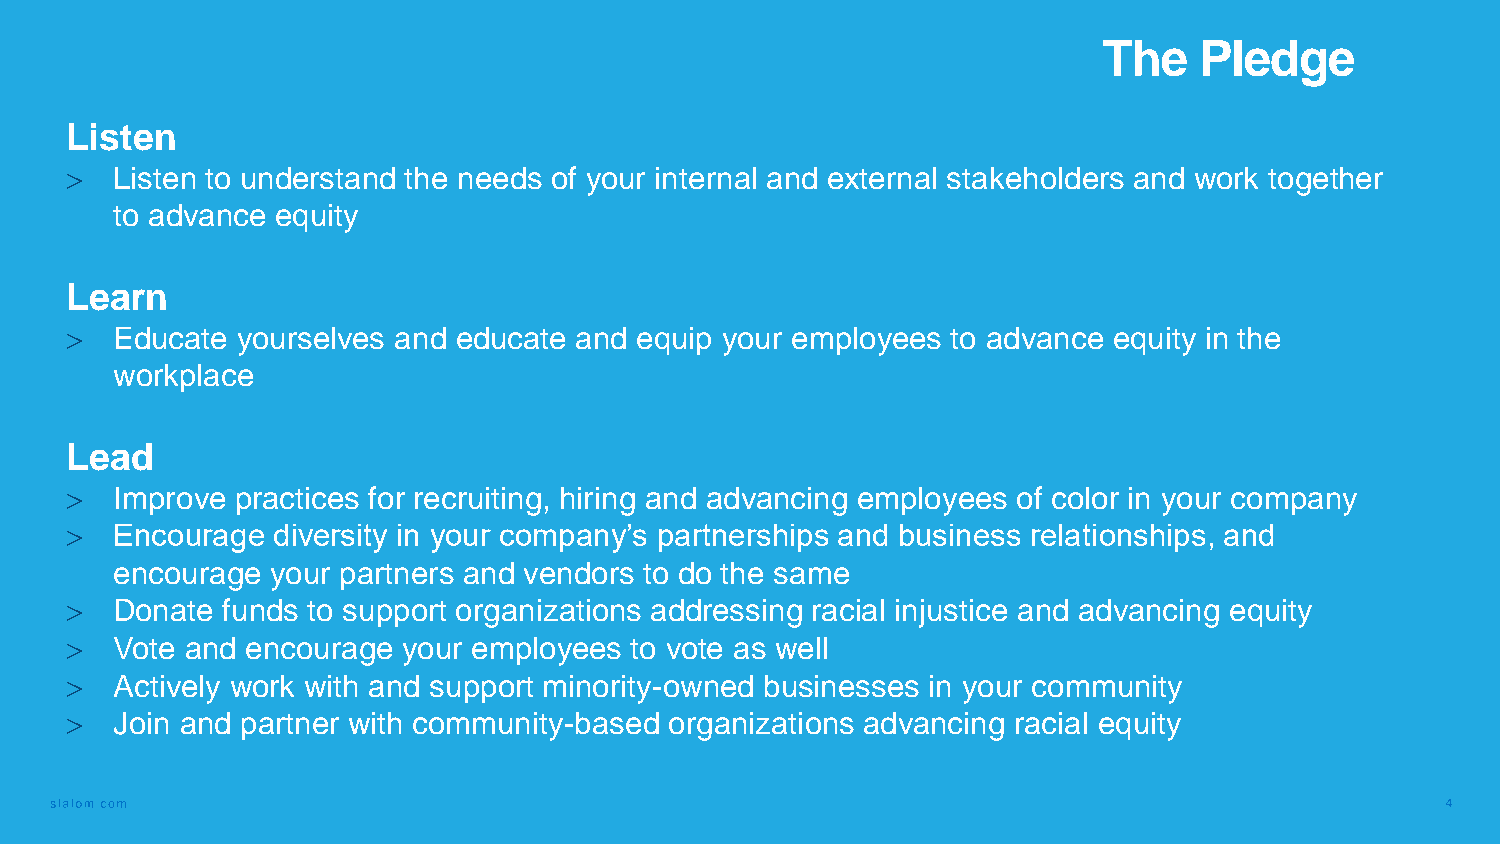
The   Pledge
 Listen
    Listen to understand the needs of your internal and external stakeholders and work together
 to advance equity
 Learn
    Educate yourselves and educate and equip your employees to advance equity in the
 workplace
 Lead
    Improve practices for recruiting, hiring and advancing employees of color in your company
    Encourage diversity in your company’s partnerships and business relationships, and
 encourage your partners and vendors to do the same
    Donate funds to support organizations addressing racial injustice and advancing equity
    Vote and encourage your employees to vote as well
    Actively work with and support minority-owned businesses in your community
    Join and partner with community-based organizations advancing racial equity